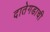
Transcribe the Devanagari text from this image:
दातेगडाची